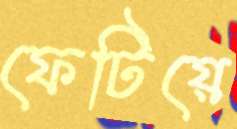
ফেটিয়ে